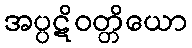
အပ္ပဋိဝတ္တိယော